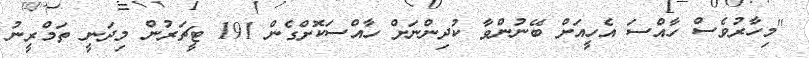
"މިހާރުވެސް ހާއްސަ އެހީއަށް ބޭނުންވާ ކުދިންނަށް ހާއްސަކޮށްގެން 191 ޓީޗަރުން މިދަނީ ތަމްރީނު